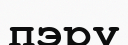
пэру